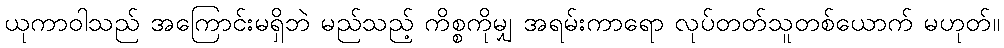
ယုကာဝါသည် အကြောင်းမရှိဘဲ မည်သည့် ကိစ္စကိုမျှ အရမ်းကာရော လုပ်တတ်သူတစ်ယောက် မဟုတ်။